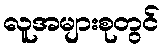
လူအများစုတွင်